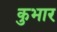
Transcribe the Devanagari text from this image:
कुभार